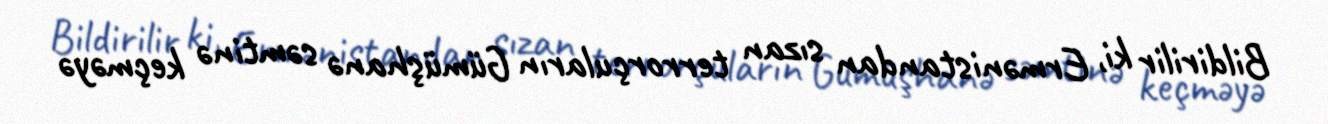
Bildirilir ki, Ermənistandan sızan terrorçuların Gümüşhanə səmtinə keçməyə